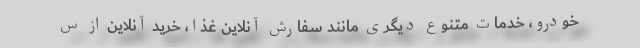
خودرو، خدمات متنوع دیگری مانند سفارش آنلاین غذا، خرید آنلاین از س